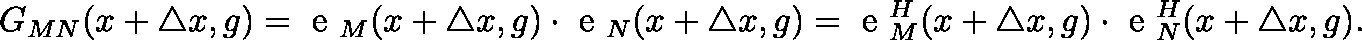
G _ { M N } ( x + \triangle x , g ) = \mathrm { \boldmath { ~ e ~ } } _ { M } ( x + \triangle x , g ) \cdot \mathrm { \boldmath { ~ e ~ } } _ { N } ( x + \triangle x , g ) = \mathrm { \boldmath { ~ e ~ } } _ { M } ^ { H } ( x + \triangle x , g ) \cdot \mathrm { \boldmath { ~ e ~ } } _ { N } ^ { H } ( x + \triangle x , g ) .